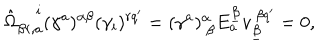
LaTeX: \hat { \Omega } _ { \beta r , a } ^ { ~ i } ( \gamma ^ { a } ) ^ { \alpha \beta } ( \gamma _ { i } ) ^ { r q ^ { \prime } } = ( \gamma ^ { a } ) _ { ~ \beta } ^ { \alpha } E _ { a } ^ { \underline { { \beta } } } v _ { \underline { { \beta } } } ^ { ~ \beta q ^ { \prime } } = 0 ,